Indian journal of veterinary science and animal husbandry - Volumes 26-27, 1956-1957
Year: 1956
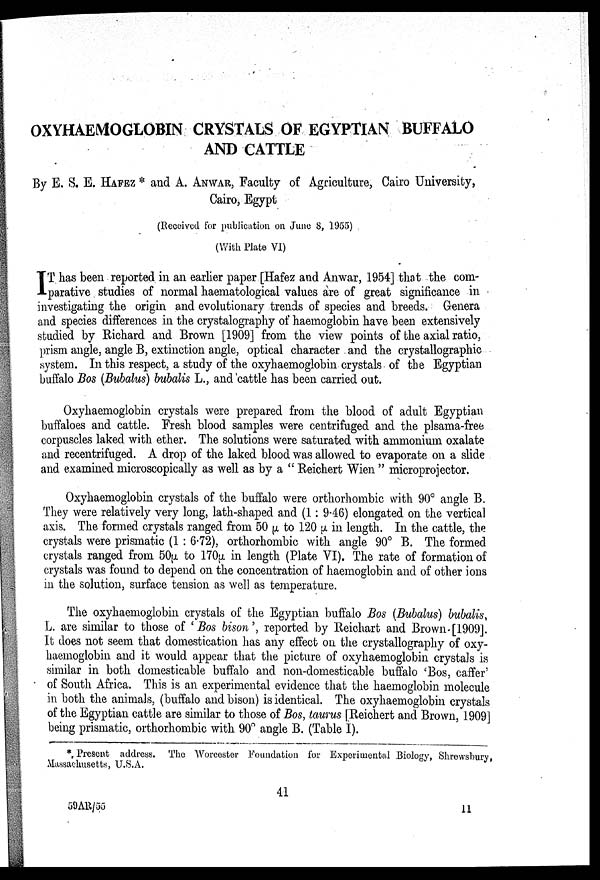
OXYHEMOGLOBIN CRYSTALS OF EGYPTIAN BUFFALO
AND CATTLE
By E. S. E. HAFEZ * and A. Anwar, Faculty of Agriculture, Cairo University,
Cairo, Egypt
(Received for publication on June 8, 1955)
(With Plate VI)
I T has been reported in an earlier paper [Hafez and Anwar, 1954] that the com-
parative studies of normal haematological values are of great significance in
investigating the origin and evolutionary trends of species and breeds. Genera
and species differences in the crystalography of haemoglobin have been extensively
studied by Richard and Brown [1909] from the view points of the axial ratio,
prism angle, angle B, extinction angle, optical character and the crystallographic
system. In this respect, a study of the oxyhaemoglobin crystals of the Egyptian
buffalo Bos (Bubalus) bubalis L., and cattle has been carried out.
Oxyhaemoglobin crystals were prepared from the blood of adult Egyptian
buffaloes and cattle. Fresh blood samples were centrifuged and the plsama-free
corpuscles laked with ether. The solutions were saturated with ammonium oxalate
and recentrifuged. A drop of the laked blood was allowed to evaporate on a slide
and examined microscopically as well as by a " Reichert Wien " microprojector.
Oxyhaemoglobin crystals of the buffalo were orthorhombic with 90° angle B.
They were relatively very long, lath-shaped and (1 : 9.46) elongated on the vertical
axis. The formed crystals ranged from 50 µ to 120 µ in length. In the cattle, the
crystals were prismatic (1 : 6.72), orthorhombic with angle 90° B. The formed
crystals ranged from 50µ to 170µ in length (Plate VI). The rate of formation of
crystals was found to depend on the concentration of haemoglobin and of other ions
in the solution, surface tension as well as temperature.
The oxyhaemoglobin crystals of the Egyptian buffalo Bos (Bubalus) bubalis,
L. are similar to those of ' Bos bison ', reported by Reichart and Brown [1909].
It does not seem that domestication has any effect on the crystallography of oxy-
haemoglobin and it would appear that the picture of oxyhaemoglobin crystals is
similar in both domesticable buffalo and non-domesticable buffalo 'Bos, caffer'
of South Africa. This is an experimental evidence that the haemoglobin molecule
in both the animals, (buffalo and bison) is identical. The oxyhaemoglobin crystals
of the Egyptian cattle are similar to those of Bos, taurus [Reichert and Brown, 1909]
being prismatic, orthorhombic with 90° angle B. (Table I).
* Present address. The Worcester Foundation for Experimental Biology, Shrewsbury,
Massachusetts, U.S.A.
41
59AR/55
11